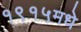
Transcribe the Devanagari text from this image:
१९१५मधे